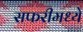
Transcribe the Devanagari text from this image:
सफरीमध्ये